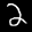
Label: 2